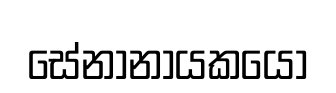
සේනානායකයෝ